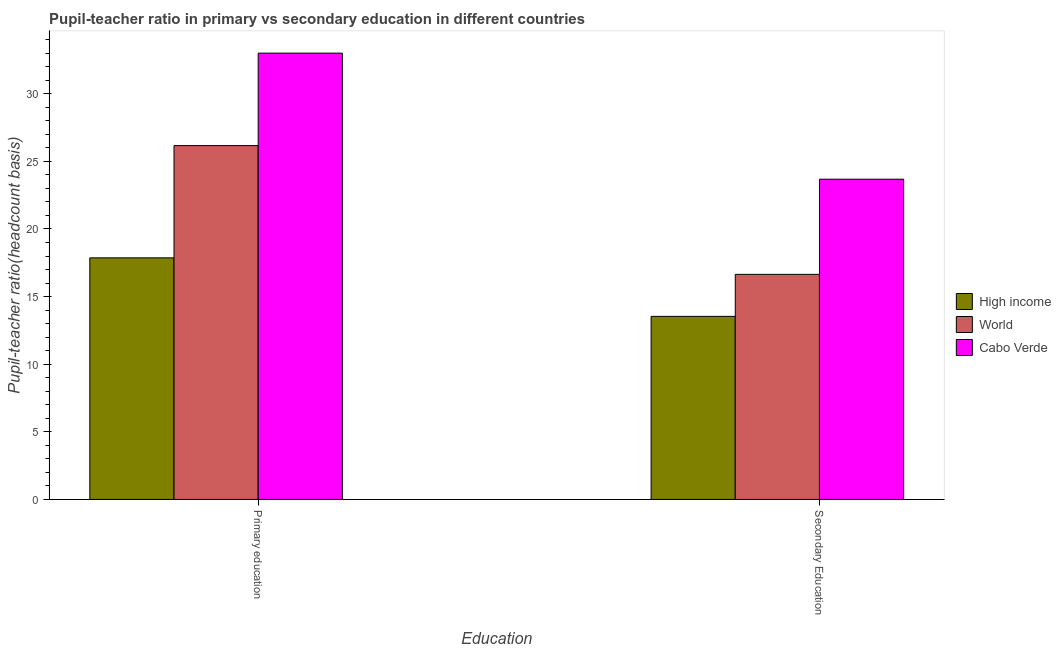
| Education | High income | World | Cabo Verde |
 | --- | --- | --- | --- |
 | Primary education | 17.9 | 26.2 | 33 |
 | Secondary Education | 13.5 | 16.6 | 23.7 |